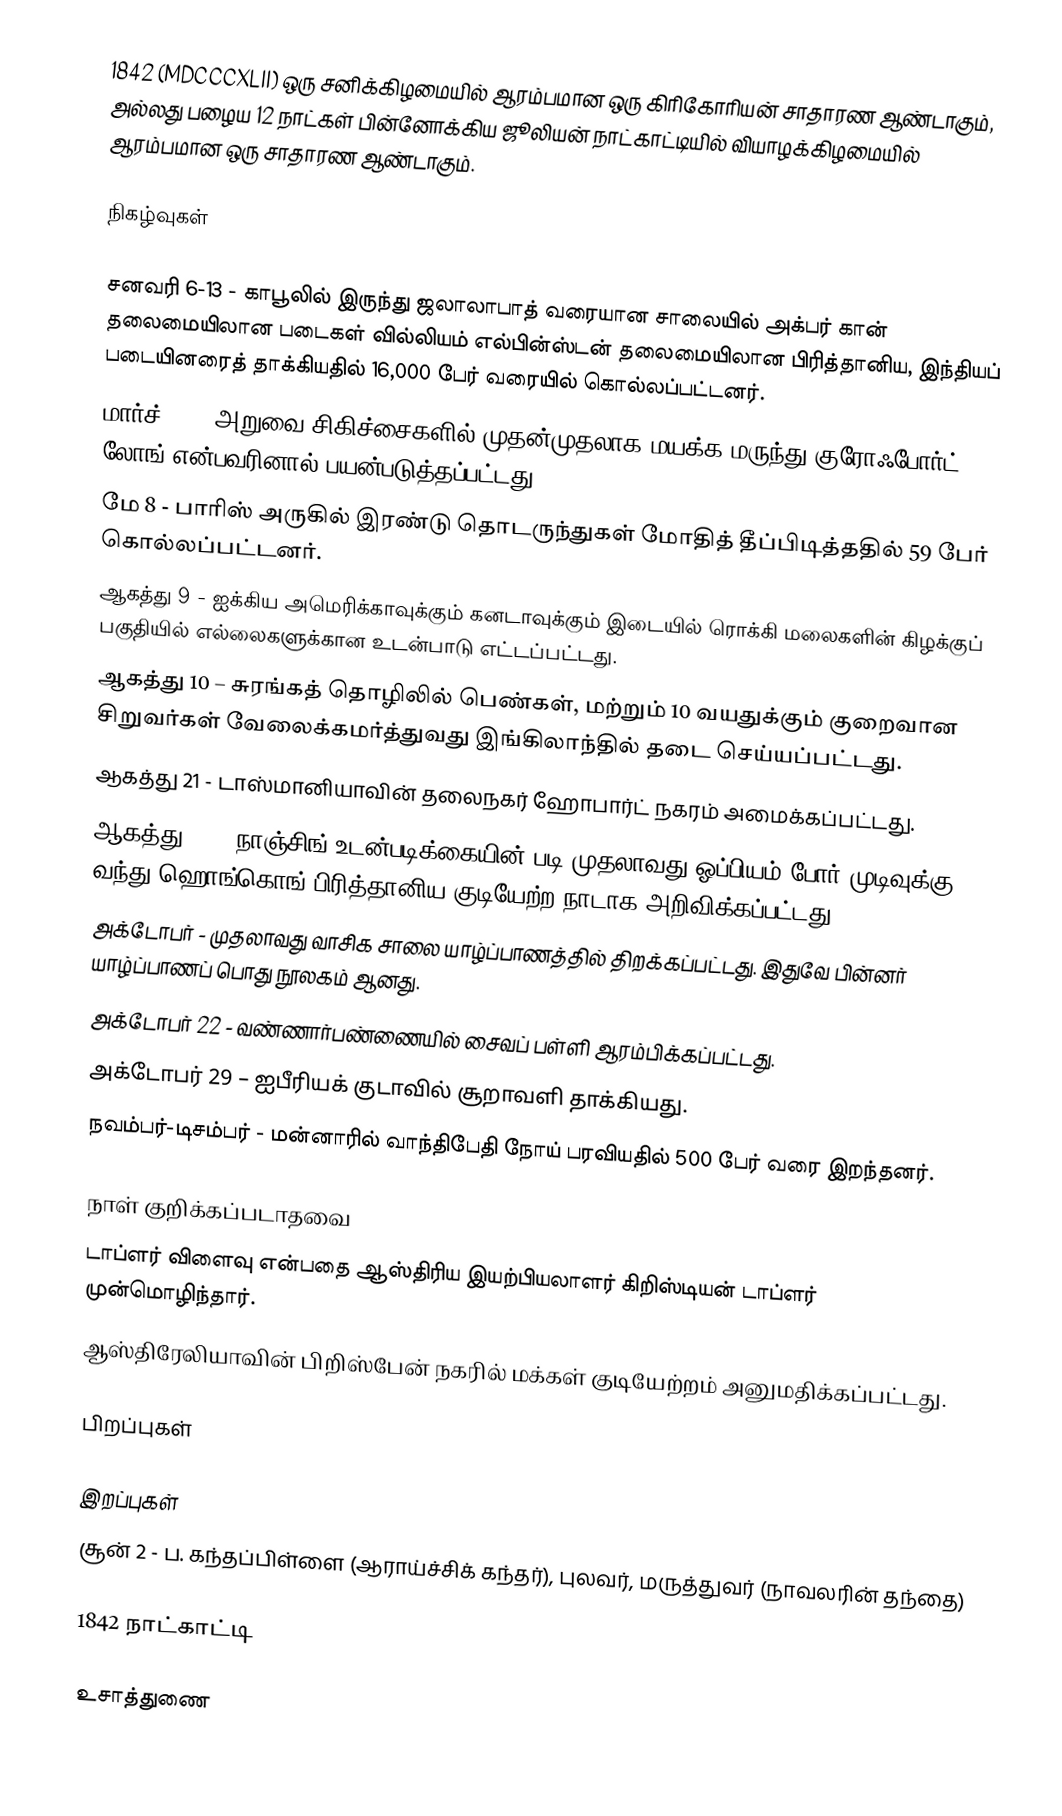
1842  (MDCCCXLII) ஒரு சனிக்கிழமையில் ஆரம்பமான ஒரு கிரிகோரியன் சாதாரண ஆண்டாகும், அல்லது பழைய 12 நாட்கள் பின்னோக்கிய ஜூலியன் நாட்காட்டியில் வியாழக்கிழமையில் ஆரம்பமான ஒரு சாதாரண ஆண்டாகும்.

நிகழ்வுகள்

 சனவரி 6-13 - காபூலில் இருந்து ஜலாலாபாத் வரையான சாலையில் அக்பர் கான் தலைமையிலான படைகள் வில்லியம் எல்பின்ஸ்டன் தலைமையிலான பிரித்தானிய, இந்தியப் படையினரைத் தாக்கியதில் 16,000 பேர் வரையில் கொல்லப்பட்டனர்.
 மார்ச் 30 - அறுவை சிகிச்சைகளில் முதன்முதலாக மயக்க மருந்து குரோஃபோர்ட் லோங் என்பவரினால் பயன்படுத்தப்பட்டது.
 மே 8 - பாரிஸ் அருகில் இரண்டு தொடருந்துகள் மோதித் தீப்பிடித்ததில் 59 பேர் கொல்லப்பட்டனர்.
 ஆகத்து 9 - ஐக்கிய அமெரிக்காவுக்கும் கனடாவுக்கும் இடையில் ரொக்கி மலைகளின் கிழக்குப் பகுதியில் எல்லைகளுக்கான உடன்பாடு எட்டப்பட்டது.
 ஆகத்து 10 – சுரங்கத் தொழிலில் பெண்கள், மற்றும் 10 வயதுக்கும் குறைவான சிறுவர்கள் வேலைக்கமர்த்துவது இங்கிலாந்தில் தடை செய்யப்பட்டது.
 ஆகத்து 21 - டாஸ்மானியாவின் தலைநகர் ஹோபார்ட் நகரம் அமைக்கப்பட்டது.
 ஆகத்து 29 – நாஞ்சிங் உடன்படிக்கையின் படி முதலாவது ஓப்பியம் போர் முடிவுக்கு வந்து ஹொங்கொங் பிரித்தானிய குடியேற்ற நாடாக அறிவிக்கப்பட்டது.
 அக்டோபர் - முதலாவது வாசிக சாலை யாழ்ப்பாணத்தில் திறக்கப்பட்டது. இதுவே பின்னர் யாழ்ப்பாணப் பொது நூலகம் ஆனது.
 அக்டோபர் 22 - வண்ணார்பண்ணையில் சைவப் பள்ளி ஆரம்பிக்கப்பட்டது.
 அக்டோபர் 29 – ஐபீரியக் குடாவில் சூறாவளி தாக்கியது.
 நவம்பர்-டிசம்பர் - மன்னாரில் வாந்திபேதி நோய் பரவியதில் 500 பேர் வரை இறந்தனர்.

நாள் குறிக்கப்படாதவை
 டாப்ளர் விளைவு என்பதை ஆஸ்திரிய இயற்பியலாளர் கிறிஸ்டியன் டாப்ளர் முன்மொழிந்தார்.
 ஆஸ்திரேலியாவின் பிறிஸ்பேன் நகரில் மக்கள் குடியேற்றம் அனுமதிக்கப்பட்டது.

பிறப்புகள்

இறப்புகள்
 சூன் 2 - ப. கந்தப்பிள்ளை (ஆராய்ச்சிக் கந்தர்), புலவர், மருத்துவர் (நாவலரின் தந்தை)

1842 நாட்காட்டி

உசாத்துணை